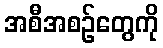
အစီအစဉ်တွေကို